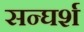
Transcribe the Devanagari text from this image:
सन्घर्श